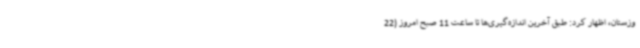
وزستان، اظهار کرد: طبق آخرین اندازه‌گیری‌ها تا ساعت 11 صبح امروز (22